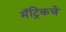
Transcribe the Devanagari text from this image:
मॅट्रिकचे